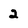
Character: 2